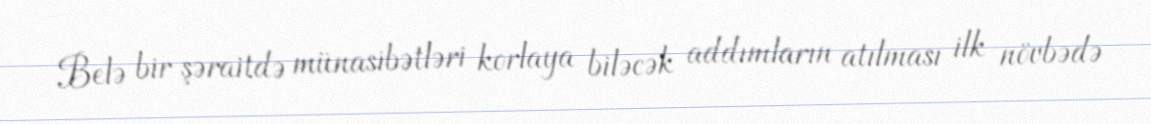
Belə bir şəraitdə münasibətləri korlaya biləcək addımların atılması ilk növbədə